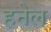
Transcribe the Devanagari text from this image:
हनेल